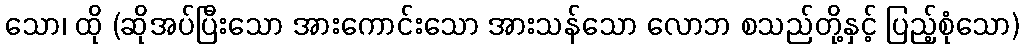
သော၊ ထို (ဆိုအပ်ပြီးသော အားကောင်းသော အားသန်သော လောဘ စသည်တို့နှင့် ပြည့်စုံသော)